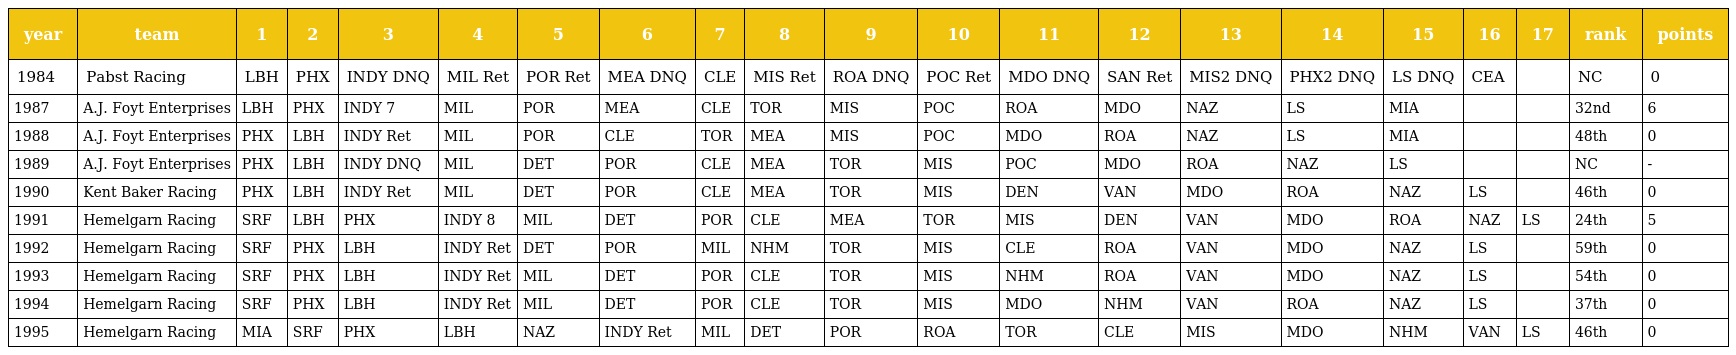
| year | team | 1 | 2 | 3 | 4 | 5 | 6 | 7 | 8 | 9 | 10 | 11 | 12 | 13 | 14 | 15 | 16 | 17 | rank | points |
 | --- | --- | --- | --- | --- | --- | --- | --- | --- | --- | --- | --- | --- | --- | --- | --- | --- | --- | --- | --- | --- |
 | 1984 | Pabst Racing | LBH | PHX | INDY DNQ | MIL Ret | POR Ret | MEA DNQ | CLE | MIS Ret | ROA DNQ | POC Ret | MDO DNQ | SAN Ret | MIS2 DNQ | PHX2 DNQ | LS DNQ | CEA |  | NC | 0 |
 | 1987 | A.J. Foyt Enterprises | LBH | PHX | INDY 7 | MIL | POR | MEA | CLE | TOR | MIS | POC | ROA | MDO | NAZ | LS | MIA |  |  | 32nd | 6 |
 | 1988 | A.J. Foyt Enterprises | PHX | LBH | INDY Ret | MIL | POR | CLE | TOR | MEA | MIS | POC | MDO | ROA | NAZ | LS | MIA |  |  | 48th | 0 |
 | 1989 | A.J. Foyt Enterprises | PHX | LBH | INDY DNQ | MIL | DET | POR | CLE | MEA | TOR | MIS | POC | MDO | ROA | NAZ | LS |  |  | NC | - |
 | 1990 | Kent Baker Racing | PHX | LBH | INDY Ret | MIL | DET | POR | CLE | MEA | TOR | MIS | DEN | VAN | MDO | ROA | NAZ | LS |  | 46th | 0 |
 | 1991 | Hemelgarn Racing | SRF | LBH | PHX | INDY 8 | MIL | DET | POR | CLE | MEA | TOR | MIS | DEN | VAN | MDO | ROA | NAZ | LS | 24th | 5 |
 | 1992 | Hemelgarn Racing | SRF | PHX | LBH | INDY Ret | DET | POR | MIL | NHM | TOR | MIS | CLE | ROA | VAN | MDO | NAZ | LS |  | 59th | 0 |
 | 1993 | Hemelgarn Racing | SRF | PHX | LBH | INDY Ret | MIL | DET | POR | CLE | TOR | MIS | NHM | ROA | VAN | MDO | NAZ | LS |  | 54th | 0 |
 | 1994 | Hemelgarn Racing | SRF | PHX | LBH | INDY Ret | MIL | DET | POR | CLE | TOR | MIS | MDO | NHM | VAN | ROA | NAZ | LS |  | 37th | 0 |
 | 1995 | Hemelgarn Racing | MIA | SRF | PHX | LBH | NAZ | INDY Ret | MIL | DET | POR | ROA | TOR | CLE | MIS | MDO | NHM | VAN | LS | 46th | 0 |